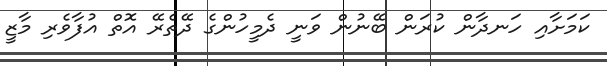
ކަމަށާއި ހަނދާން ކުރަން ބޭނުން ވަނީ ދެމީހުންގެ ދޭތެރޭ އޮތް އުފާވެރި މާޒީ